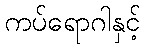
ကပ်ရောဂါနှင့်